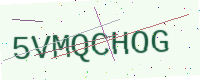
Text: 5VMQCHOG